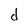
Character: d